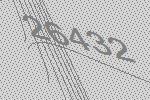
26432